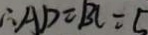
\therefore A D = B C = 5